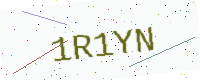
Text: 1R1YN